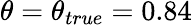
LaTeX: \theta=\theta_{true}=0.84